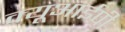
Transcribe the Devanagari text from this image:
क्यूआईपी